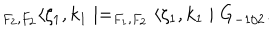
_ { F _ { 2 } , F _ { 2 } } \langle \zeta _ { 1 } , k _ { 1 } \mid = _ { F _ { 1 } , F _ { 2 } } \langle \zeta _ { 1 } , k _ { 1 } \mid G _ { - 1 / 2 } .